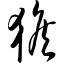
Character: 猴